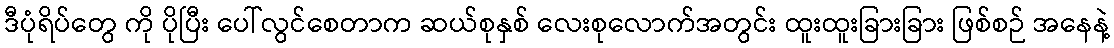
ဒီပုံရိပ်တွေ ကို ပိုပြီး ပေါ်လွင်စေတာက ဆယ်စုနှစ် လေးစုလောက်အတွင်း ထူးထူးခြားခြား ဖြစ်စဉ် အနေနဲ့